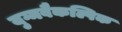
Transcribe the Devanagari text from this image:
युग्मवैकल्पिक